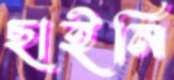
ছাইনি